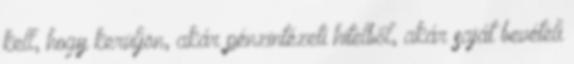
kell, hogy kerüljön, akár pénzintézeti hitelből, akár saját bevételi